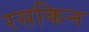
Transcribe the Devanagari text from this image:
रसकिन